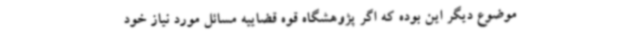
موضوع دیگر این بوده که اگر پژوهشگاه قوه قضاییه مسائل مورد نیاز خود